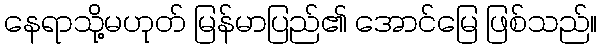
နေရာသို့မဟုတ် မြန်မာပြည်၏ အောင်မြေ ဖြစ်သည်။